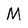
Character: M